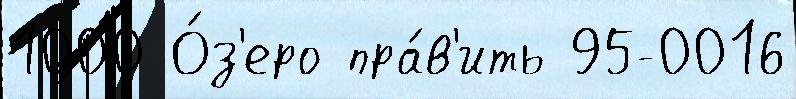
1000 О́з'еро пра́в'ить 95-0016